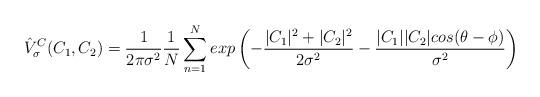
LaTeX: \begin{align*}\hat{V}^{C}_{\sigma}(C_{1},C_{2}) = \frac{1}{2\pi\sigma^{2}} \frac{1}{N} \sum\limits_{n=1}^N exp \left ( - \frac{|C_1|^2 + |C_2|^2}{2\sigma^2} - \frac{|C_1||C_2| cos(\theta-\phi)}{\sigma^2} \right)\end{align*}